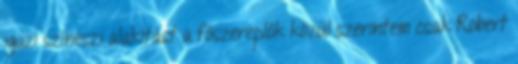
igazi színészi alakítást a főszereplők közül szerintem csak Robert